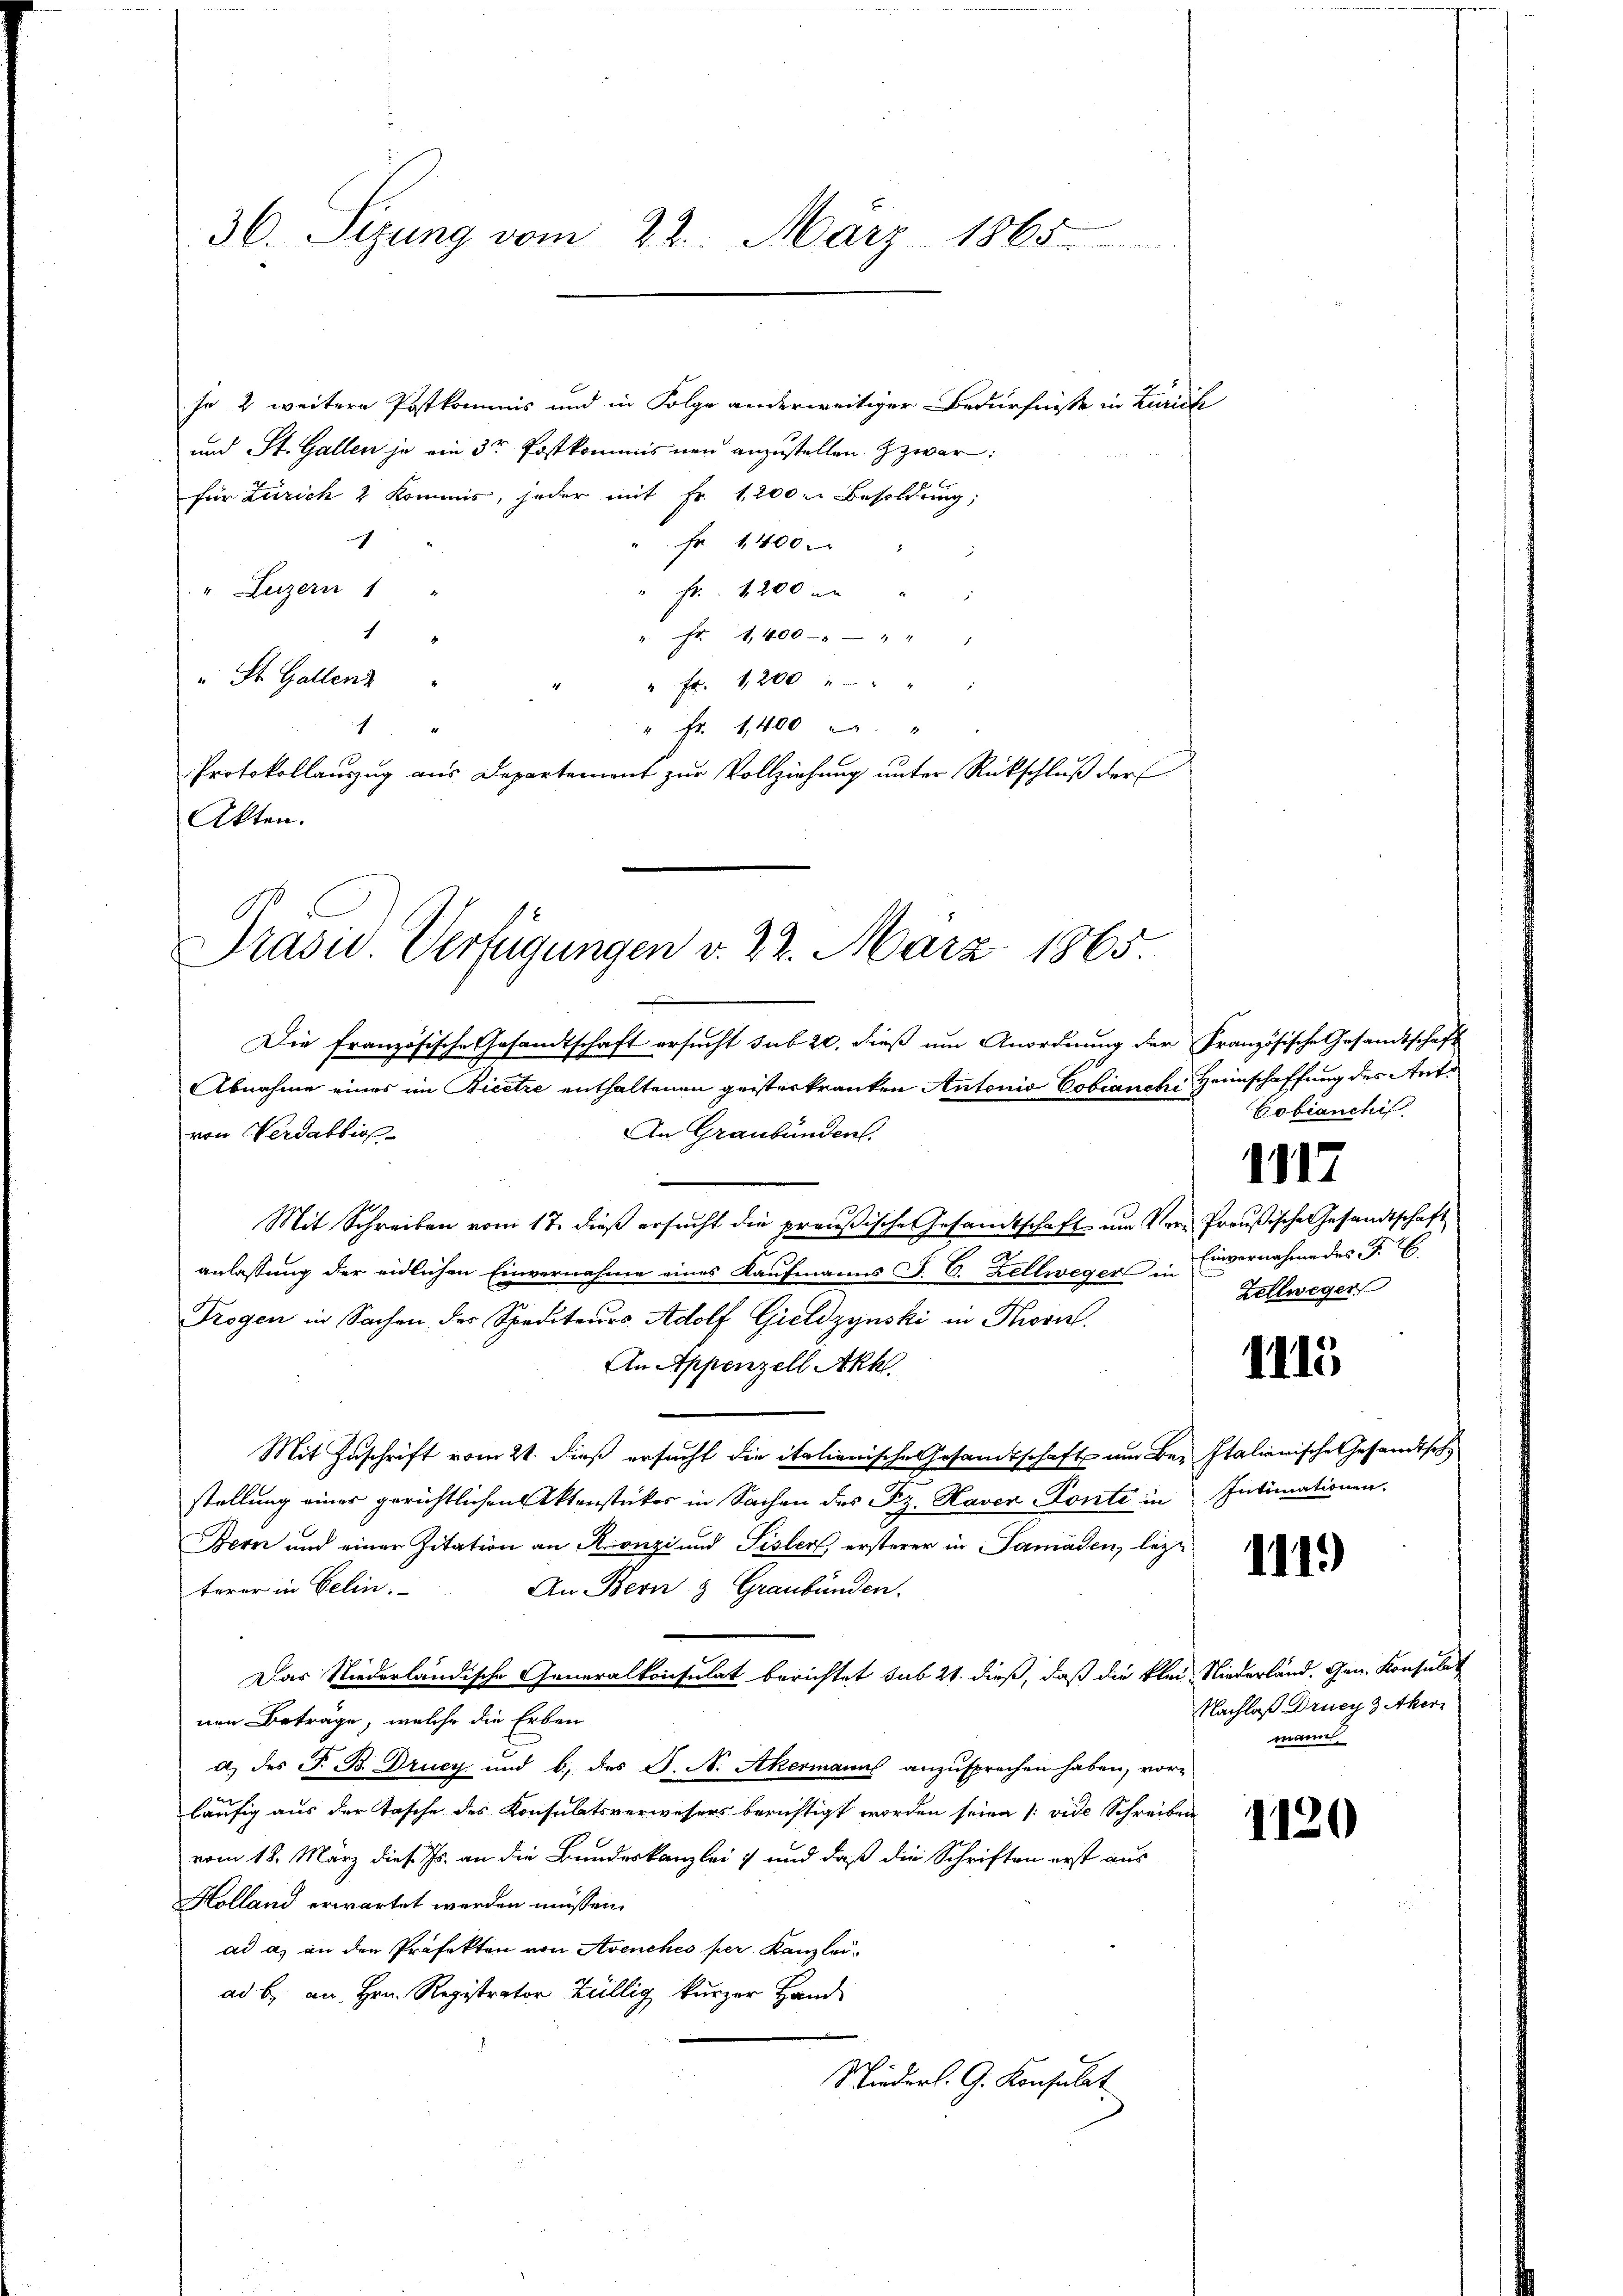
36. Sizung vom 22. März 1865.

für Zürich 2 Kommis, jeder mit Fr. 1200 Besoldung,
c
Fr. 1400.
v. Luzern 1 "
Fr. 1200 an
1
Fr 1400 - " - " " "
" St. Gallenz "
" Fr. 1200 " " "
" Fr. 1,400 "
1
Protokollauszug aus Departement zur Vollziehung unter Rückschluß der
Akten.

he 2 weitere Postkommis und in Folge anderweitiger Bedürfnisse in Zürich
und St. Gallen je ein 3r Postkommis neu anzustellen zwar:

Prasw. Verfügungen v. 22. März 1865.

Die französische Gesandtschaft ersucht sub 20. dieß um Anordnung der Französische Gesandtschaft
Abnahme eines im Bicetze enthaltenen geisterkranken Antonio Cobianchi Heimschaffung des Antvon Verdabbio
An Graubünden.
Mit Schreiben vom 17. dieβ ersŭcht die preußische Gesandtschaft um Ver-Preußische Gesandtschaft
anlassung der eidlichen Einvernahme eines Kaufmanns J. C. Zellweger in
Trogen in Sachen der Spediteurs Adolf Gieldzynski in Thoril
An Appenzell Akhl.
Mit Zuschrift vom 21. dieß ersucht die italienische Gesamtschaft um Bez Italienische Gesandtsch
stellung eines gerichtlichen Aktenstückes in Sachen des Sz. Haver Ponte in Intimationen.
Bern und einer Zitation an Konzi und Pisler ersterer in Samaden, lege
terer in Gelin.
An Bern & Graubünden.
Das Niederländische Generalkonsulat berichtet sub 21. dieß, daß die klein Niederland. Gen. Konsulat
nen Beträge, welche die Erben
d.) des F. B. Drucy und b., des S. N. Akermann anzusprechen haben, vorläufig aus der Tasche des Konsulatsverwesers berichtigt worden seien (: vide Schreiben
vom 18. März dies. Js. an die Bundeskanzlei und daß die Schriften erst aus
Holland erwartet werden müssen.
ad a) an den Präfekten von Avenches per Kanzlei-
ad b. an Hrn. Registrator Züllig kurzer Hand
Wiederl. G. Konsulat

Cobianchis

1117
Einvernahme des P. C.
Zellweger

1115

111.)

Nachlaß Drucy 3 Aker
mann

1120